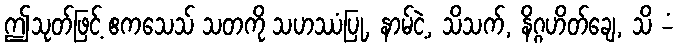
ဤသုတ်ဖြင့် ဧကသေသ် သတကို သဟဿံပြု, နာမ်ငဲ့, သိသက်, နိဂ္ဂဟိတ်ချေ, သိ -ံ